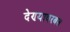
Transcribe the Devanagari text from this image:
देण्यावरबत